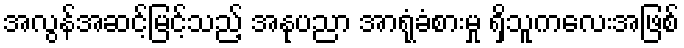
အလွန်အဆင့်မြင့်သည့် အနုပညာ အာရုံခံစားမှု ရှိသူကလေးအဖြစ်